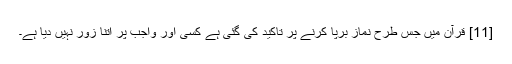
[11] قرآن میں جس طرح نماز برپا کرنے پر تاکید کی گئی ہے کسی اور واجب پر اتنا زور نہیں دیا ہے۔